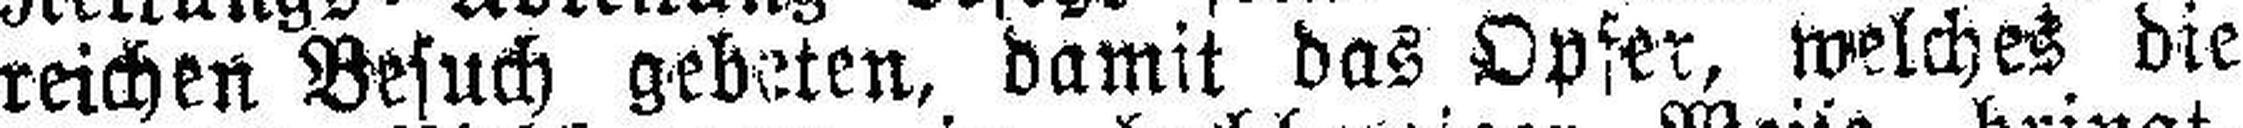
reichen Besuch gebeten, damit das Opfer, welches die